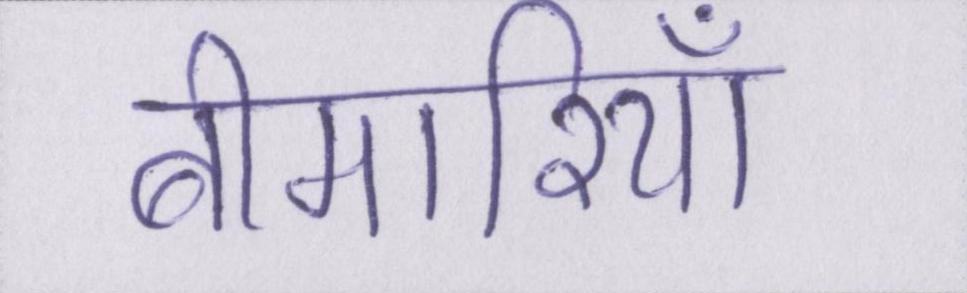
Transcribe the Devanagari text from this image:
बीमारियाँ